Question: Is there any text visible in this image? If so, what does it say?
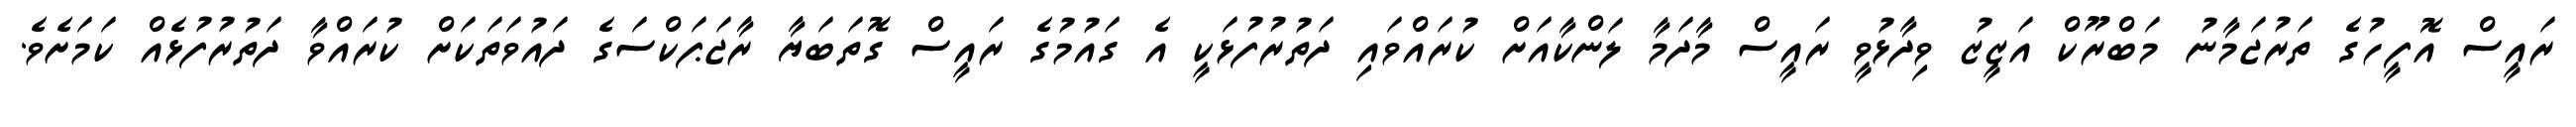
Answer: ރައީސް އޮފީހުގެ ތަރުޖަމާނު މަބްރޫކް އަޒީޒު ވިދާޅުވީ ރައީސް މާދަމާ ލަންކާއަށް ކުރައްވައި ދަތުރުފުޅަކީ އެ ގައުމުގެ ރައީސް ގޮތަބަޔާ ރާޖަޕަކްސަގެ ދައުވަތަކަށް ކުރައްވާ ދަތުރުފުޅެއް ކަމަށެވެ.